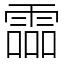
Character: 霝